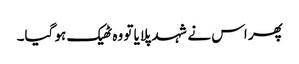
پھر اس نے شہد پلایا تو وہ ٹھیک ہو گیا۔